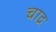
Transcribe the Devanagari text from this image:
चाद्र